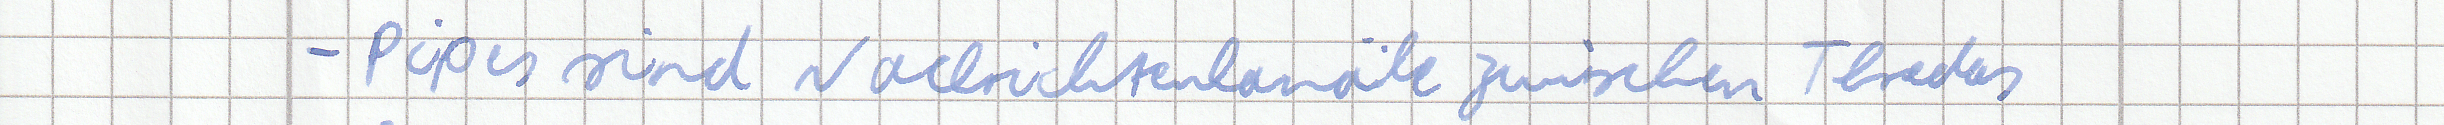
- Pipes sind Nachrichtenkanäle zwischen Threds